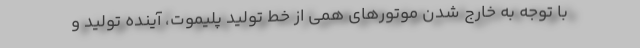
با توجه به خارج شدن موتورهای همی از خط تولید پلیموت، آینده تولید و